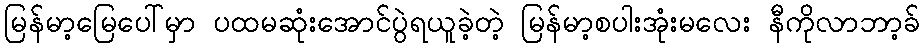
မြန်မာ့မြေပေါ်မှာ ပထမဆုံးအောင်ပွဲရယူခဲ့တဲ့ မြန်မာ့စပါးအုံးမလေး နီကိုလာဘာ့ခ်